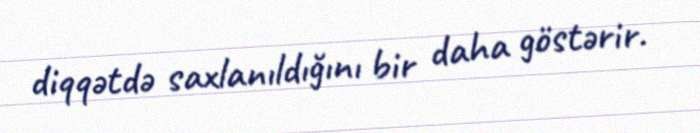
diqqətdə saxlanıldığını bir daha göstərir.